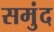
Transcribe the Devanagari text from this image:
समुंद